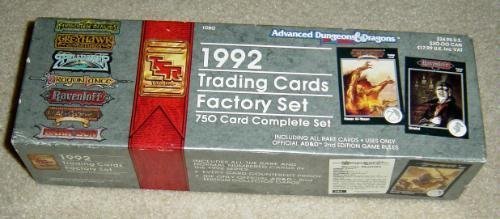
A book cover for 1992 Trading Cards Factory Set: 750 Card Complete Set (Advanced Dungeons & Dragons); Tsr; Science Fiction & Fantasy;